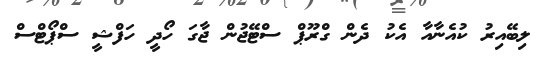
ލިބޭއިރު ކުއެނާއާ އެކު ދެން ގްރޫޕް ސްޓޭޖުން ޖާގަ ހޯދީ ހަފްޝީ ސްޕޯޓްސް